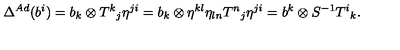
\Delta ^ { A d } ( b ^ { i } ) = b _ { k } \otimes T ^ { k } { } _ { j } \eta ^ { j i } = b _ { k } \otimes \eta ^ { k l } \eta _ { l n } T ^ { n } { } _ { j } \eta ^ { j i } = b ^ { k } \otimes S ^ { - 1 } T ^ { i } { } _ { k } .